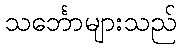
သင်္ဘောများသည်